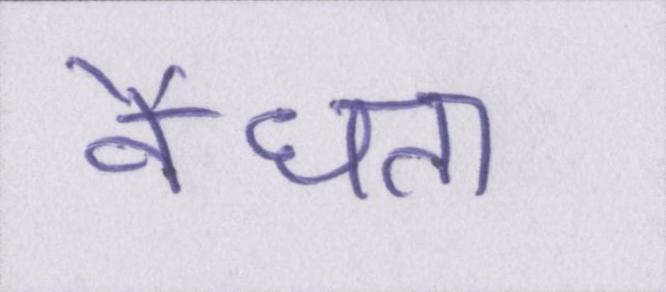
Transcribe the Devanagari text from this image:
वैधता